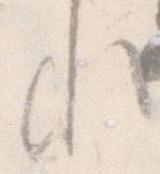
れ